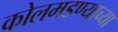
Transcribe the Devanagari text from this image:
कोलमडण्याच्या